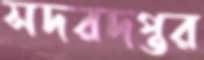
সদরদপ্তর